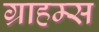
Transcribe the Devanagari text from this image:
ग्राहम्स